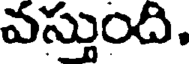
వస్తుంది.